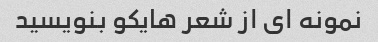
نمونه ای از شعر هایکو بنویسید